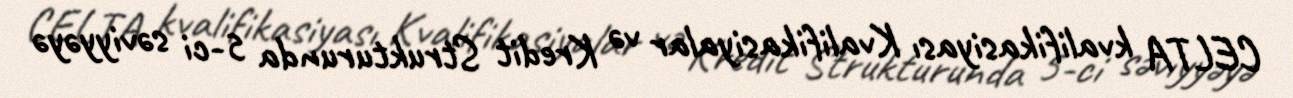
CELTA kvalifikasiyası Kvalifikasiyalar və Kredit Strukturunda 5-ci səviyyəyə